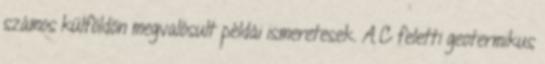
számos külföldön megvalósult példái ismeretesek. A C feletti geotermikus